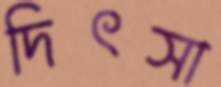
দিৎসা